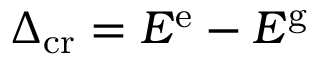
\Delta _ { \mathrm { c r } } = E ^ { \mathrm { e } } - E ^ { \mathrm { g } }